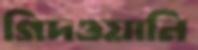
গিদওয়ানি